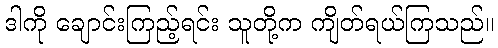
ဒါကို ချောင်းကြည့်ရင်း သူတို့က ကျိတ်ရယ်ကြသည်။